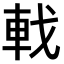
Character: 𫏳